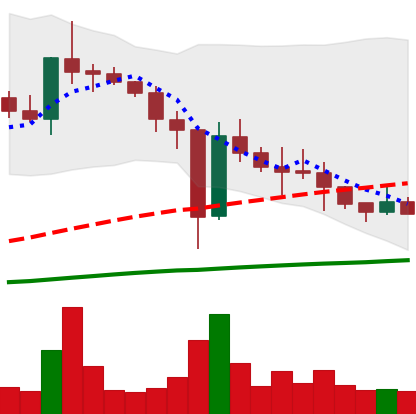
Ticker: XLM-USD
Chart end date: 2021-01-02
Forward return: 147.064%
Label: up_7plus